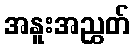
အနူးအညွှတ်